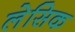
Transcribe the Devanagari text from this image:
लेसिक